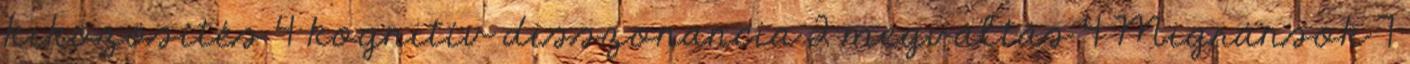
kiközösítés 4 kognitív disszonancia 2 megváltás 4 Migránsok 7